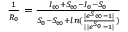
\begin{array} { r } { \frac { 1 } { R _ { 0 } } = \frac { I _ { \infty } + S _ { \infty } - I _ { 0 } - S _ { 0 } } { S _ { 0 } - S _ { \infty } + l n ( \frac { | e ^ { S _ { \infty } } - 1 | } { | | e ^ { S _ { 0 } } - 1 | } ) } } \end{array}